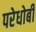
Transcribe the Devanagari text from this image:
परेधोबी